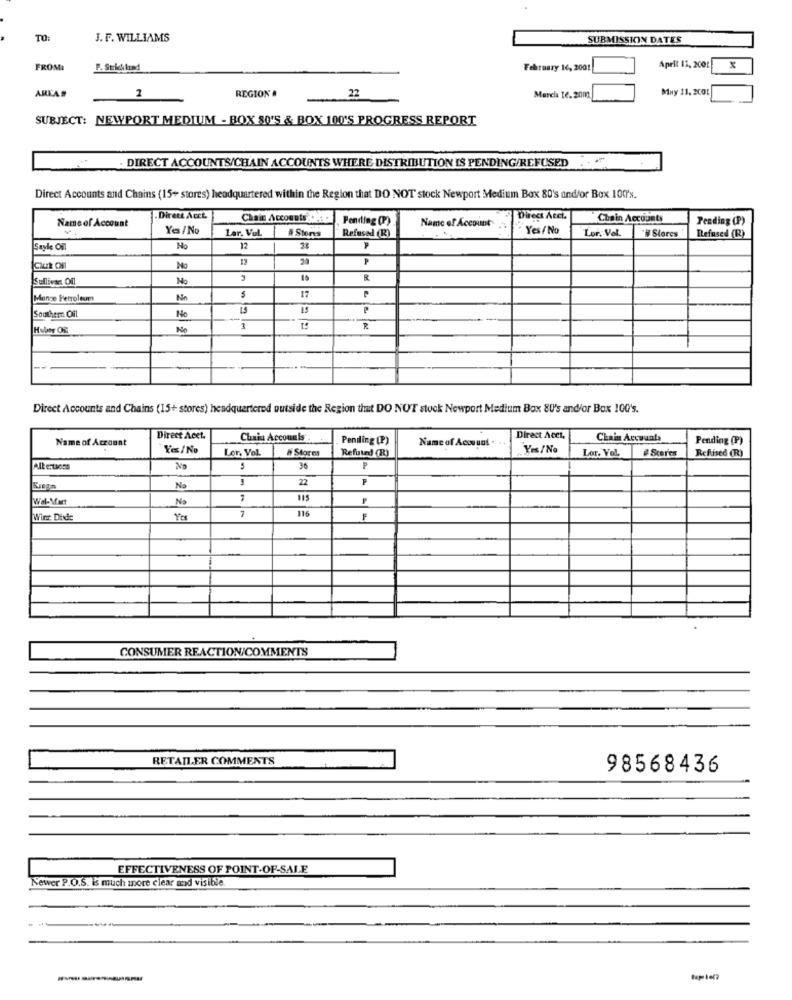
TO:
J. F. WILLIAMS
SUBMISSION DATES
FROMI
F. Strickland
February 16, 200
April 12, 2001
ARKA#
REGION #
Muy 11. 2001
22
March 16.200
SUBJECT: NEWPORT MEDIUM - BOX 80'S & BOX 100'S PROGRESS REPORT
. DIRECT ACCOUNTS/CHAIN ACCOUNTS WHERE DISTRIBUTION IS PENDING/REFUSED ..
Direct Accounts and Chains (15+ stores) headquartered within the Region that DO NOT stock Newport Medium Box 80's and/or Box 100's.
Name of Account
Dirett Acct
Chain Accounts :
Pending (P)
Name of Account
Direct Acct.
Chain Account
Pending (P)
Yes / No
Lar. Vul.
Yes / No
Lor. Vol.
#Stores
A Stens
Refused (R)
Refused (R)
Sayle Oil
No
12
28
20
P
No
Sullivan Ofl
No
R
Mange Petroleum
No
17
Southern Ofl
P
No
No
3
Direct Accounts and Chains (15+ stores) headquartered outside the Region that DO NOT stock Newport Medium Box 80's and/or Box 100's.
Name of Account
Direct Acct.
Chaiu Accounts
Pending (P)
Nume of Account .
Direct Acet,
Chain Accounts
Pending (P)
Yes / No
Ler. Vol.
# Stores
Refuted (R)
Yes /No
Lor. Vol
#Scor'es
Refised (R)
Albertsons
5
36
₱
22
F
Krega
Na
Wal-Mart
No
115
7
Win Dide
Yo
116
F
CONSUMER REACTION/COMMENTS
RETAILER COMMENTS
98568436
EFFECTIVENESS OF POINT-OF-SALE
Newer P.O.S. is much more clear and visible